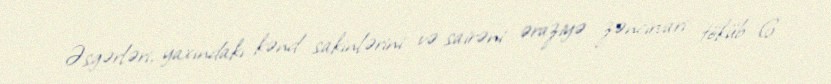
Əsgərləri, yaxındakı kənd sakinlərini və sairəni əraziyə zəncirvari töküb 6